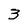
Character: 3